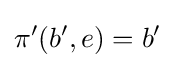
\pi '(b',e)=b'